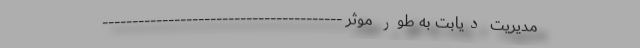
مدیریت دیابت به طور موثر ----------------------------------------